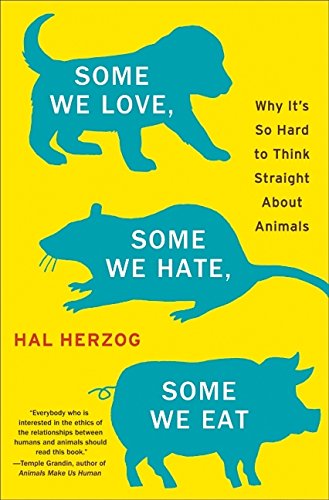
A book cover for Some We Love, Some We Hate, Some We Eat: Why It's So Hard to Think Straight About Animals; Hal Herzog; Science & Math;